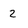
Character: 2